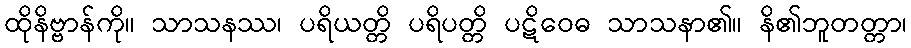
ထိုနိဗ္ဗာန်ကို။ သာသနဿ၊ ပရိယတ္တိ ပရိပတ္တိ ပဋိဝေဓ သာသနာ၏။ နိ၏ဘူတတ္တာ၊